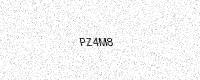
Text: PZ4M8